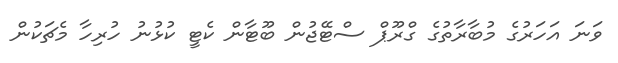
ވަނަ އަހަރުގެ މުބާރާތުގެ ގްރޫޕް ސްޓޭޖުން ބޫޓާން ކެޓީ ކުޅުނު ހުރިހާ މެޗަކުން